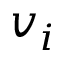
v _ { i }